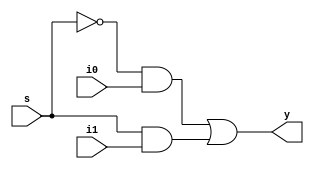
module mux (y,s,i1,i0); 
input i1,i0,s; 
output y; 
wire sbar,p1,p2,y; 
not G1 (sbar,s); 
and G2 (p1,sbar,i0); 
and G3 (p2,s,i1); 
or G4 (y,p1,p2); 
endmodule 

module mux2 (y,s,i1,i0);
input [1:0]i1,i0;
output  [1:0]y;
input s;

mux bit0(y[0],s,i1[0],i0[0]);
mux bit1(y[1],s,i1[1],i0[1]);

endmodule